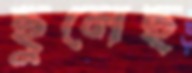
ছুলেছ